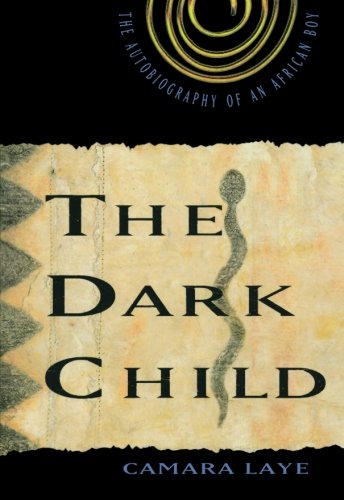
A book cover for The Dark Child: The Autobiography of an African Boy; Camara Laye; Biographies & Memoirs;